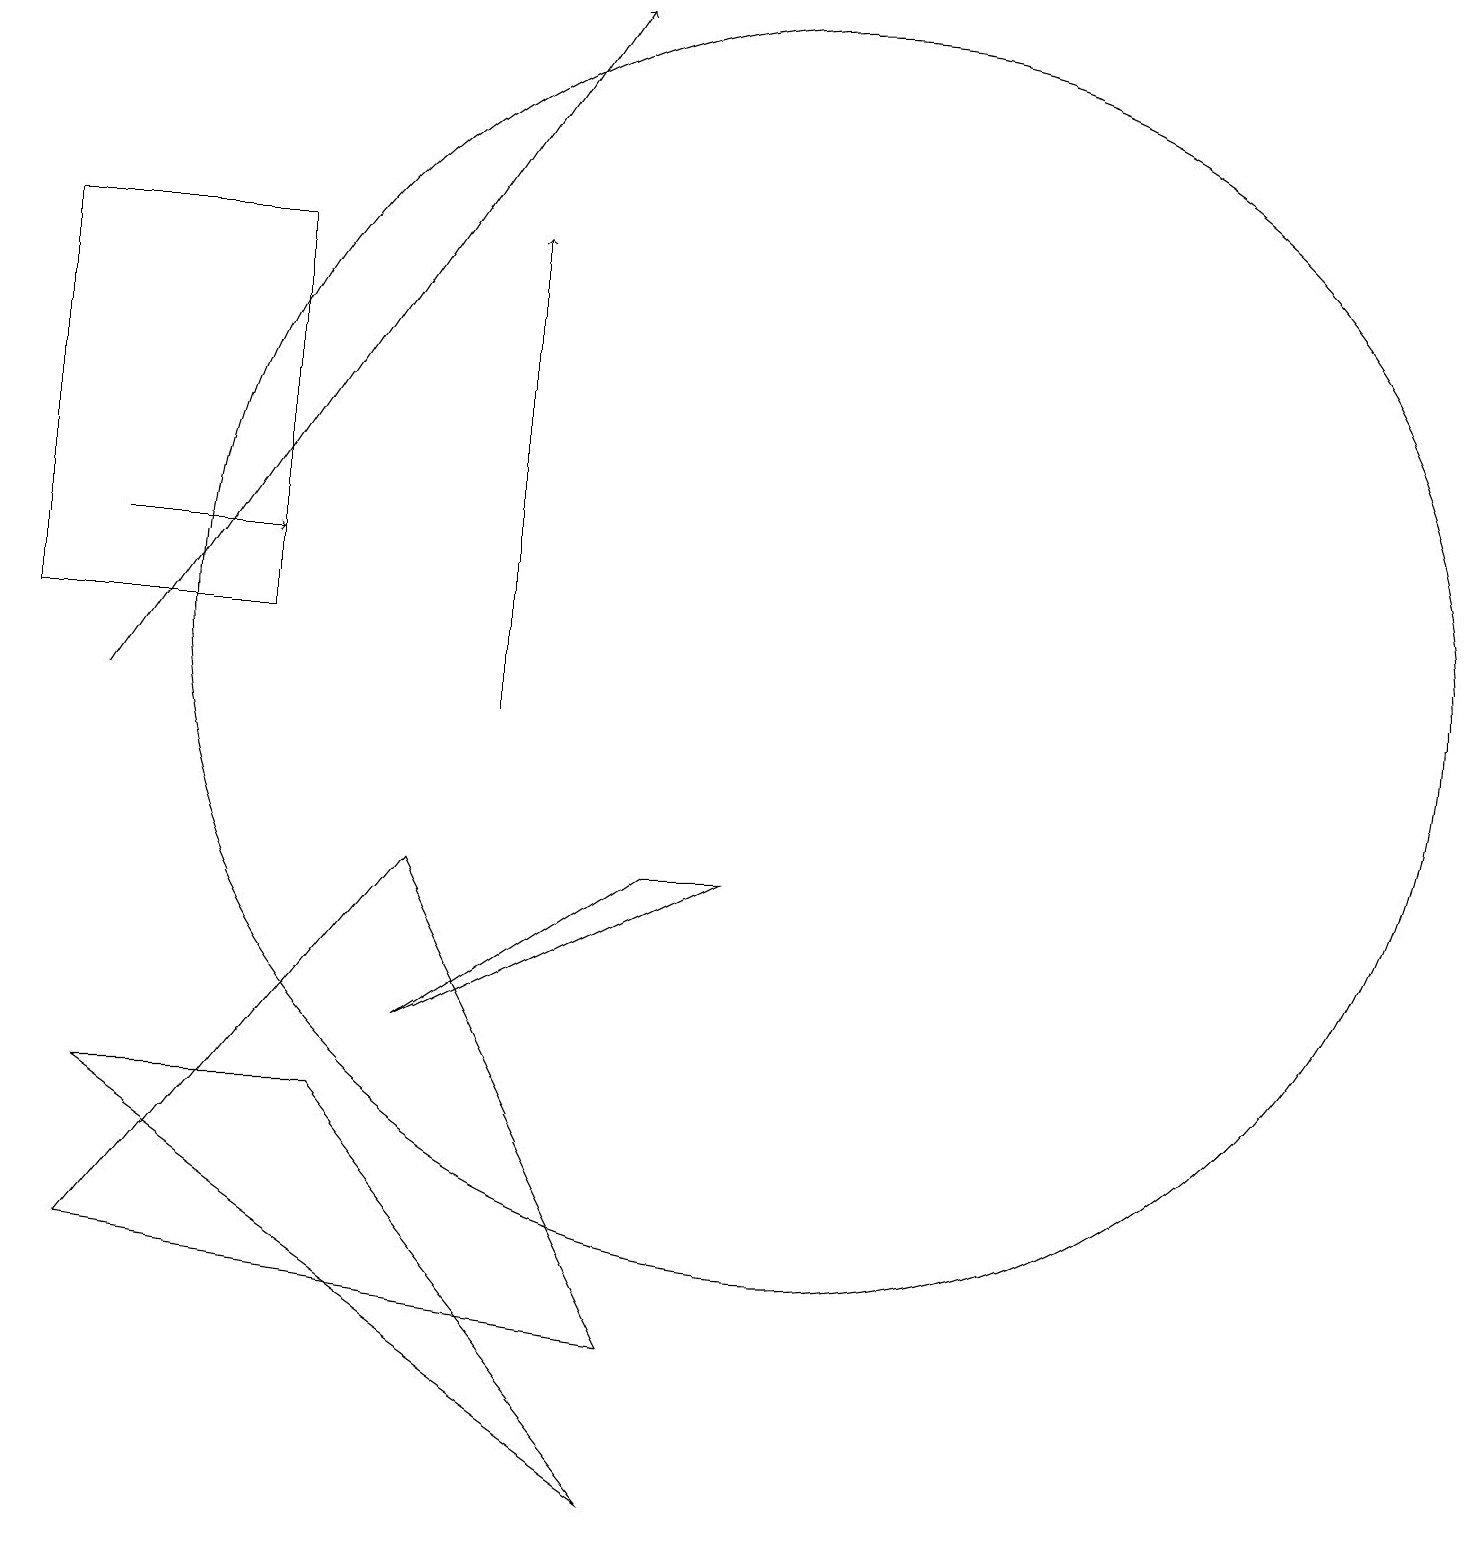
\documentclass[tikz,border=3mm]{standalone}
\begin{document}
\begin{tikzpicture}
\draw[->] (1,12) -- (3,12);
\draw (5,8) -- (8,2) -- (1,3) -- cycle;
\draw[->] (6,10) -- (6,16);
\draw (8,0) -- (1,5) -- (4,5) -- cycle;
\draw (5,6) -- (8,8) -- (9,8) -- cycle;
\draw[->] (1,10) -- (7,19);
\draw (10,11) circle (8);
\draw (0,11) rectangle (3,16);
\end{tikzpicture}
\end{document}